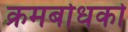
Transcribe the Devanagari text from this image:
क्रमबोधको